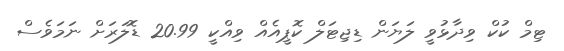
ޓިމް ކުކް ވިދާޅުވީ ލަޔަން ޑިޖިޓަލް ކޮޕީއެއް ވިއްކީ 20.99 ޑޮލަރަށް ނަމަވެސް